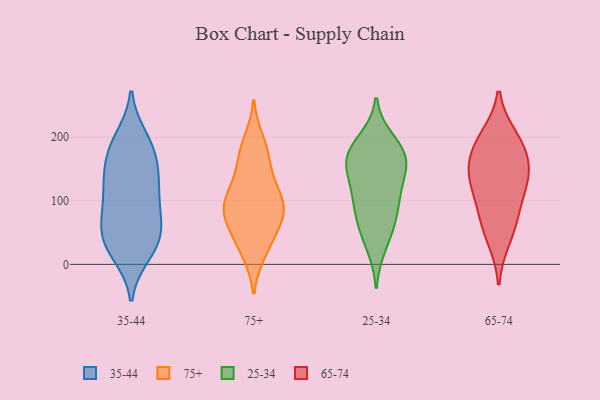
{"axis": {"x": "Operating Costs (USD K)", "y": "Value"}, "legend": ["25-34", "35-44", "65-74", "75+"], "data": [{"x": "", "y": 65, "type": "35-44"}, {"x": "", "y": 17, "type": "35-44"}, {"x": "", "y": 38, "type": "35-44"}, {"x": "", "y": 122, "type": "35-44"}, {"x": "", "y": 31, "type": "35-44"}, {"x": "", "y": 171, "type": "35-44"}, {"x": "", "y": 192, "type": "35-44"}, {"x": "", "y": 178, "type": "35-44"}, {"x": "", "y": 53, "type": "35-44"}, {"x": "", "y": 148, "type": "35-44"}, {"x": "", "y": 104, "type": "35-44"}, {"x": "", "y": 140, "type": "35-44"}, {"x": "", "y": 86, "type": "35-44"}, {"x": "", "y": 119, "type": "35-44"}, {"x": "", "y": 198, "type": "35-44"}, {"x": "", "y": 62, "type": "35-44"}, {"x": "", "y": 25, "type": "35-44"}, {"x": "", "y": 106, "type": "75+"}, {"x": "", "y": 140, "type": "75+"}, {"x": "", "y": 38, "type": "75+"}, {"x": "", "y": 67, "type": "75+"}, {"x": "", "y": 105, "type": "75+"}, {"x": "", "y": 144, "type": "75+"}, {"x": "", "y": 18, "type": "75+"}, {"x": "", "y": 179, "type": "75+"}, {"x": "", "y": 92, "type": "75+"}, {"x": "", "y": 72, "type": "75+"}, {"x": "", "y": 89, "type": "75+"}, {"x": "", "y": 176, "type": "75+"}, {"x": "", "y": 194, "type": "75+"}, {"x": "", "y": 80, "type": "75+"}, {"x": "", "y": 106, "type": "75+"}, {"x": "", "y": 66, "type": "75+"}, {"x": "", "y": 23, "type": "75+"}, {"x": "", "y": 82, "type": "25-34"}, {"x": "", "y": 194, "type": "25-34"}, {"x": "", "y": 53, "type": "25-34"}, {"x": "", "y": 130, "type": "25-34"}, {"x": "", "y": 121, "type": "25-34"}, {"x": "", "y": 77, "type": "25-34"}, {"x": "", "y": 157, "type": "25-34"}, {"x": "", "y": 103, "type": "25-34"}, {"x": "", "y": 30, "type": "25-34"}, {"x": "", "y": 169, "type": "25-34"}, {"x": "", "y": 163, "type": "25-34"}, {"x": "", "y": 180, "type": "25-34"}, {"x": "", "y": 170, "type": "25-34"}, {"x": "", "y": 123, "type": "65-74"}, {"x": "", "y": 70, "type": "65-74"}, {"x": "", "y": 132, "type": "65-74"}, {"x": "", "y": 179, "type": "65-74"}, {"x": "", "y": 83, "type": "65-74"}, {"x": "", "y": 191, "type": "65-74"}, {"x": "", "y": 150, "type": "65-74"}, {"x": "", "y": 200, "type": "65-74"}, {"x": "", "y": 40, "type": "65-74"}, {"x": "", "y": 143, "type": "65-74"}]}